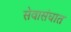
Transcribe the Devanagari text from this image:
सेवासंघात